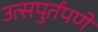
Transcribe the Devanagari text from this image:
उत्सपुर्तपणे